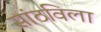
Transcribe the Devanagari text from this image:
सांठविला